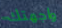
واجهتك